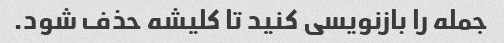
جمله را بازنویسی کنید تا کلیشه حذف شود.